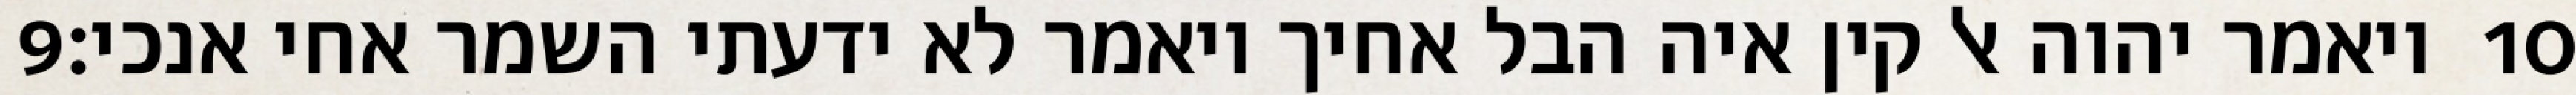
‎9‏ ויאמר יהוה אל קין איה הבל אחיך ויאמר לא ידעתי השמר אחי אנכי׃ ‎10‏